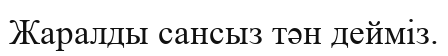
Жаралды сансыз тән дейміз.